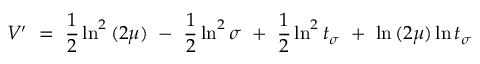
V { ' } ~ = ~ \frac { 1 } { 2 } \ln ^ { 2 } { ( 2 \mu ) } ~ - ~ \frac { 1 } { 2 } \ln ^ { 2 } { \sigma } ~ + ~ \frac { 1 } { 2 } \ln ^ { 2 } { t _ { \sigma } } ~ + ~ \ln { ( 2 \mu ) } \ln { t _ { \sigma } }